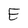
Character: E